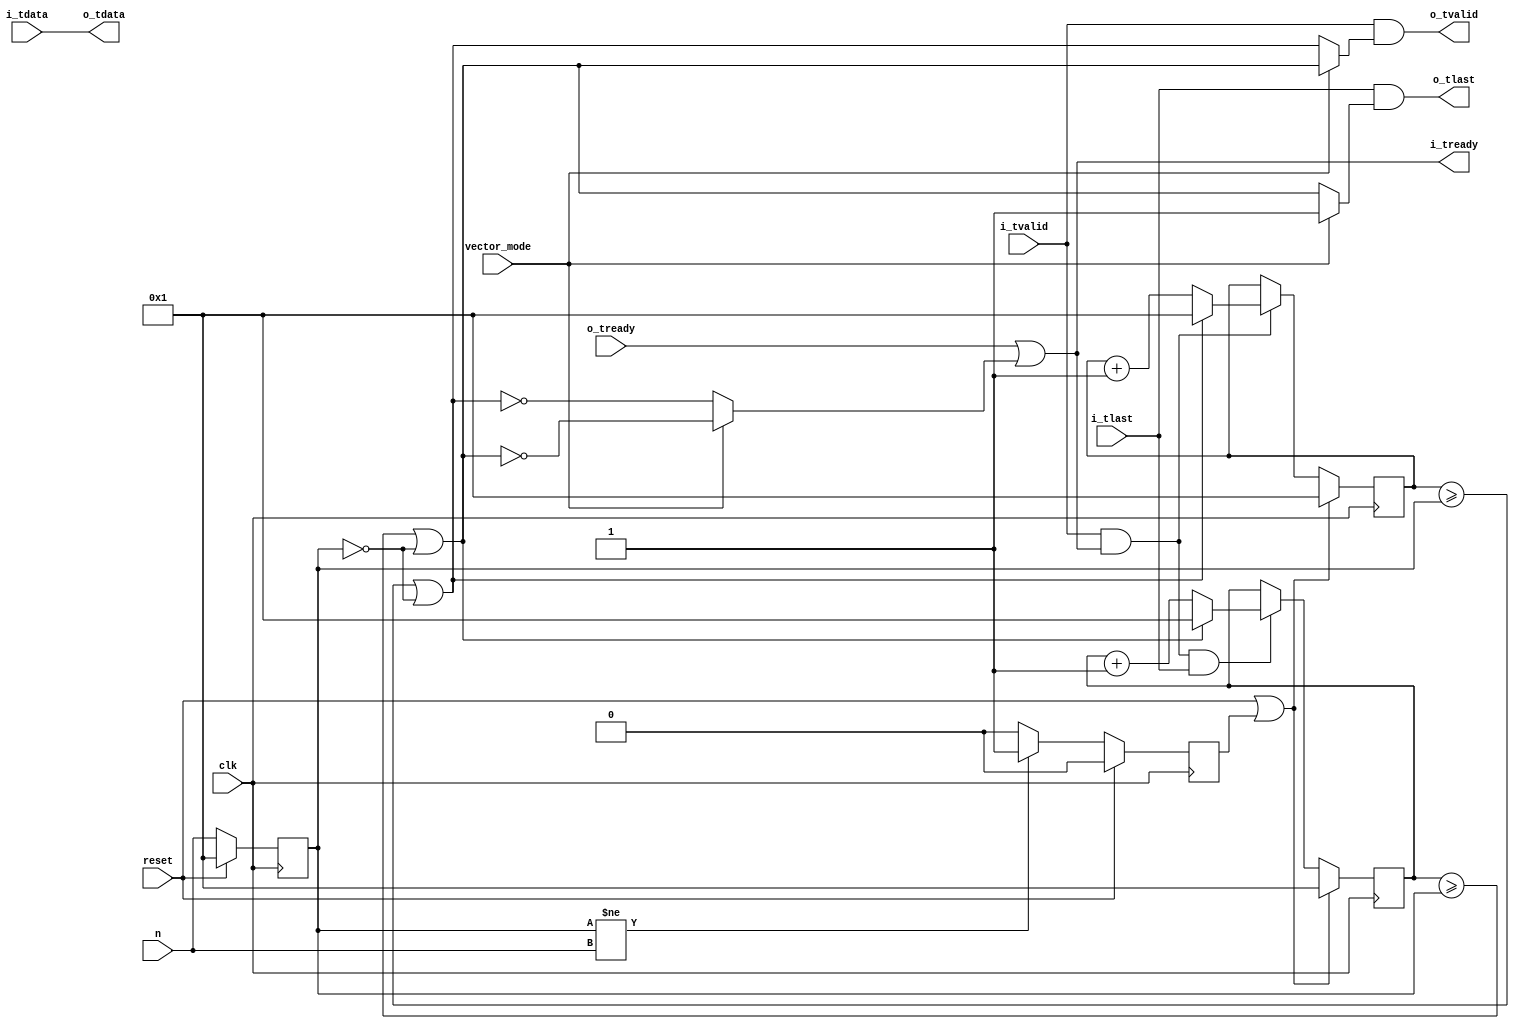
//
// Copyright 2016 Ettus Research
// Copyright 2018 Ettus Research, a National Instruments Company
//
// SPDX-License-Identifier: LGPL-3.0-or-later
//
// Note: n == 0 lets everything through.
// Warning: Sample / packet counts reset when n is changed, caution if changing during operation!

module keep_one_in_n #(
  parameter KEEP_FIRST=0,  // 0: Drop n-1 words then keep last word, 1: Keep 1st word then drop n-1
  parameter WIDTH=16,
  parameter MAX_N=65535
)(
  input clk, input reset,
  input vector_mode,
  input [$clog2(MAX_N+1)-1:0] n,
  input [WIDTH-1:0] i_tdata, input i_tlast, input i_tvalid, output i_tready,
  output [WIDTH-1:0] o_tdata, output o_tlast, output o_tvalid, input o_tready
);

  reg [$clog2(MAX_N+1)-1:0] sample_cnt, pkt_cnt, n_reg;
  reg n_changed;

  always @(posedge clk) begin
    if (reset) begin
       n_reg      <= 1;
       n_changed  <= 1'b0;
    end else begin
      n_reg       <= n;
      if (n_reg != n) begin
        n_changed <= 1'b1;
      end else begin
        n_changed <= 1'b0;
      end
    end
  end

  wire on_last_sample  = ( (sample_cnt >= n_reg) | (n_reg == 0) );
  wire on_first_sample = ( (sample_cnt == 1)     | (n_reg == 0) );
  wire on_last_pkt     = ( (pkt_cnt >= n_reg)    | (n_reg == 0) );
  wire on_first_pkt    = ( (pkt_cnt == 1)        | (n_reg == 0) );

  always @(posedge clk) begin
    if (reset | n_changed) begin
       sample_cnt <= 1;
       pkt_cnt    <= 1;
    end else begin
      if (i_tvalid & i_tready) begin
        if (on_last_sample) begin
          sample_cnt <= 1;
        end else begin
          sample_cnt <= sample_cnt + 1'd1;
        end
      end
      if (i_tvalid & i_tready & i_tlast) begin
        if (on_last_pkt) begin
          pkt_cnt <= 1;
        end else begin
          pkt_cnt <= pkt_cnt + 1'd1;
        end
      end
    end
  end

  assign i_tready = o_tready | (vector_mode ? (KEEP_FIRST ? ~on_first_pkt    : ~on_last_pkt) :
                                              (KEEP_FIRST ? ~on_first_sample : ~on_last_sample));
  assign o_tvalid = i_tvalid & (vector_mode ? (KEEP_FIRST ?  on_first_pkt    :  on_last_pkt) :
                                              (KEEP_FIRST ?  on_first_sample :  on_last_sample));
  assign o_tdata  = i_tdata;
  assign o_tlast  = i_tlast  & (vector_mode ? 1'b1 : on_last_pkt);

endmodule // keep_one_in_n_vec